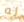
له